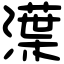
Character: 㵩